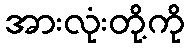
အားလုံးတို့ကို